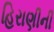
હિરાણીની